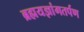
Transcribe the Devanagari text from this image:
ब्रह्मयज्ञांगतर्पण